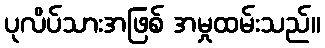
ပုလိပ်သားအဖြစ် အမှုထမ်းသည်။